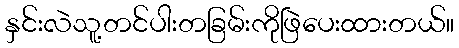
နှင်းလဲသူ့တင်ပါးတခြမ်းကိုဖြဲပေးထားတယ်။